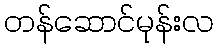
တန်ဆောင်မုန်းလ